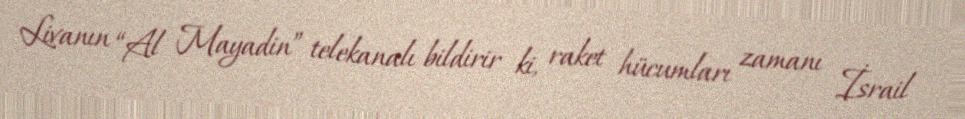
Livanın “Al Mayadin” telekanalı bildirir ki, raket hücumları zamanı İsrail